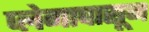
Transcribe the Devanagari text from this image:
प्लेगापासून